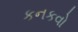
કનકવો